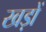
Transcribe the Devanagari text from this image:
खड़ों